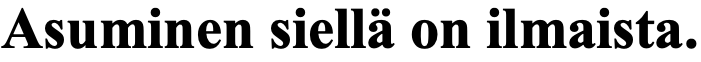
Asuminen siellä on ilmaista.